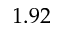
1 . 9 2